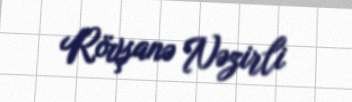
Rövşanə Nəzirli